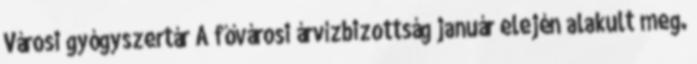
Városi gyógyszertár A fővárosi árvízbizottság január elején alakult meg.